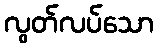
လွတ်လပ်သော